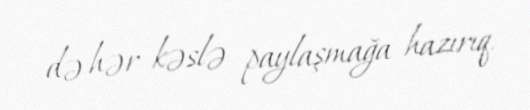
də hər kəslə paylaşmağa hazırıq.